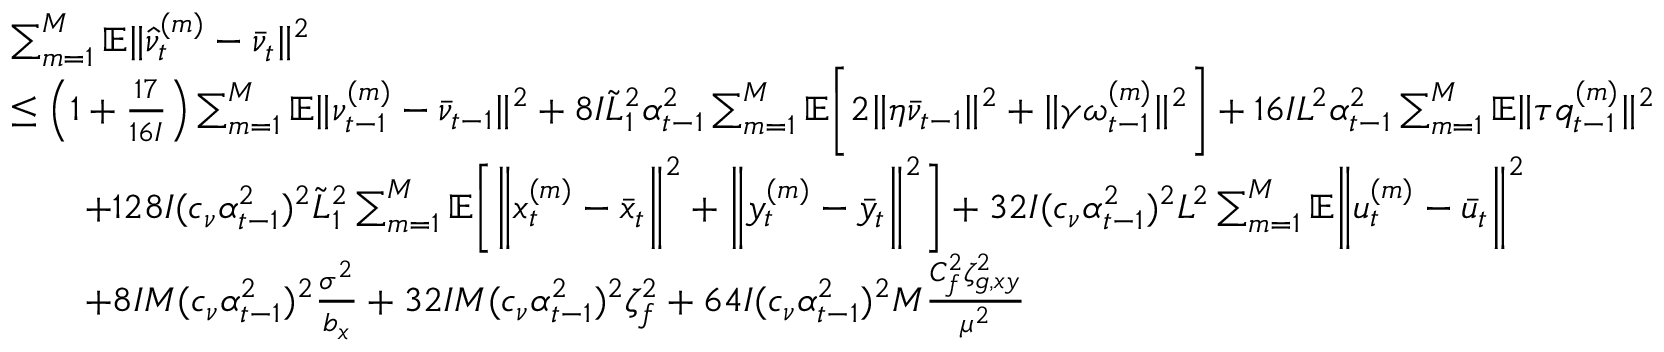
\begin{array} { r l } & { \sum _ { m = 1 } ^ { M } \mathbb { E } \| \hat { \nu } _ { t } ^ { ( m ) } - \bar { \nu } _ { t } \| ^ { 2 } } \\ & { \leq \left( 1 + \frac { 1 7 } { 1 6 I } \right) \sum _ { m = 1 } ^ { M } \mathbb { E } \| \nu _ { t - 1 } ^ { ( m ) } - \bar { \nu } _ { t - 1 } \| ^ { 2 } + 8 I \tilde { L } _ { 1 } ^ { 2 } \alpha _ { t - 1 } ^ { 2 } \sum _ { m = 1 } ^ { M } \mathbb { E } \bigg [ 2 \| \eta \bar { \nu } _ { t - 1 } \| ^ { 2 } + \| \gamma \omega _ { t - 1 } ^ { ( m ) } \| ^ { 2 } \bigg ] + 1 6 I L ^ { 2 } \alpha _ { t - 1 } ^ { 2 } \sum _ { m = 1 } ^ { M } \mathbb { E } \| \tau q _ { t - 1 } ^ { ( m ) } \| ^ { 2 } } \\ & { \qquad + 1 2 8 I ( c _ { \nu } \alpha _ { t - 1 } ^ { 2 } ) ^ { 2 } \tilde { L } _ { 1 } ^ { 2 } \sum _ { m = 1 } ^ { M } \mathbb { E } \bigg [ \bigg \| x _ { t } ^ { ( m ) } - \bar { x } _ { t } \bigg \| ^ { 2 } + \bigg \| y _ { t } ^ { ( m ) } - \bar { y } _ { t } \bigg \| ^ { 2 } \bigg ] + 3 2 I ( c _ { \nu } \alpha _ { t - 1 } ^ { 2 } ) ^ { 2 } L ^ { 2 } \sum _ { m = 1 } ^ { M } \mathbb { E } \bigg \| u _ { t } ^ { ( m ) } - \bar { u } _ { t } \bigg \| ^ { 2 } } \\ & { \qquad + 8 I M ( c _ { \nu } \alpha _ { t - 1 } ^ { 2 } ) ^ { 2 } \frac { \sigma ^ { 2 } } { b _ { x } } + 3 2 I M ( c _ { \nu } \alpha _ { t - 1 } ^ { 2 } ) ^ { 2 } \zeta _ { f } ^ { 2 } + 6 4 I ( c _ { \nu } \alpha _ { t - 1 } ^ { 2 } ) ^ { 2 } M \frac { C _ { f } ^ { 2 } \zeta _ { g , x y } ^ { 2 } } { \mu ^ { 2 } } } \end{array}